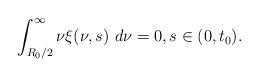
LaTeX: \begin{align*} \int_{R_{0}/2}^{\infty}\nu\xi(\nu,s)\ d\nu=0,s\in(0, t_{0}). \end{align*}